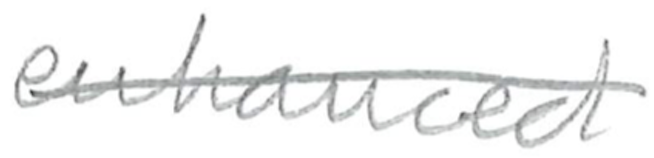
Text: enhanced
Cross-out: single-line
Writing tool: pencil